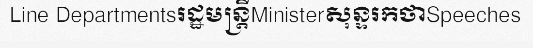
Line Departmentsរដ្ឋមន្ត្រីMinisterសុន្ទរកថាSpeeches